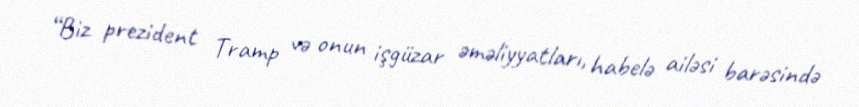
“Biz prezident Tramp və onun işgüzar əməliyyatları, habelə ailəsi barəsində